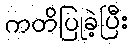
ကတိပြုခဲ့ပြီး